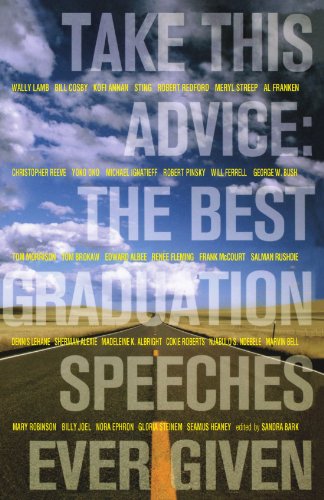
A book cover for Take This Advice: The Best Graduation Speeches Ever Given; Literature & Fiction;